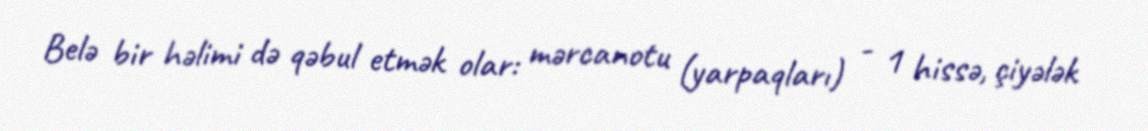
Belə bir həlimi də qəbul etmək olar: mərcanotu (yarpaqları) - 1 hissə, çiyələk